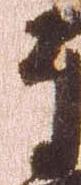
了